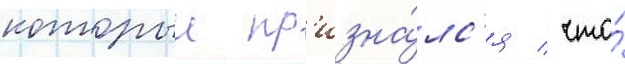
которыи пр'изна́лс'я / что́